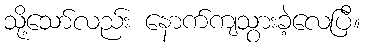
သို့သော်လည်း နောက်ကျသွားခဲ့လေပြီ။